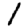
Digit: 1